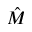
\hat { M }